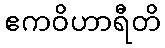
ဧကဝိဟာရီတိ